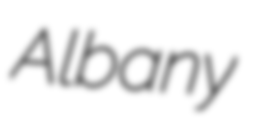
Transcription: Albany